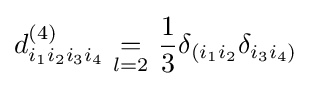
d_{i_{1}i_{2}i_{3}i_{4}}^{(4)}\ {\underset {l=2}{=}}\ {\frac {1}{3}}\delta _{(i_{1}i_{2}}\delta _{i_{3}i_{4})}